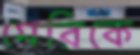
মেরিকে